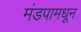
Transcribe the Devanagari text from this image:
मंडपामधून